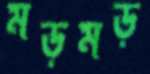
মড়মড়